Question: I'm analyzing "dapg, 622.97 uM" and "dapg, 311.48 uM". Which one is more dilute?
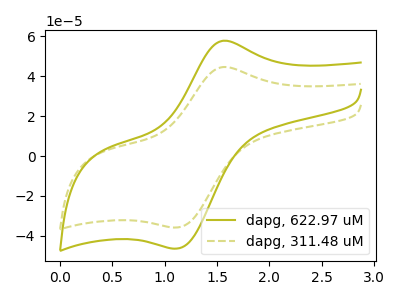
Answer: <think>The olive curve "dapg, 622.97 uM" has an anodic peak at (1.55V, 57.90uA) and a cathodic peak at (1.10V, -46.35uA). The olive dashed curve "dapg, 311.48 uM" has an anodic peak at (1.55V, 44.70uA) and a cathodic peak at (1.10V, -35.80uA).
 All the peaks in "dapg, 622.97 uM" have a peak in "dapg, 311.48 uM" at the same potential. Every peak in "dapg, 622.97 uM" is higher than every peak in "dapg, 311.48 uM".</think>
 <answer>"dapg, 622.97 uM" has more signal than "dapg, 311.48 uM" and so likely has a higher concentration.</answer>
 <eval>more_concentration</eval>